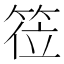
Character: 𬕅